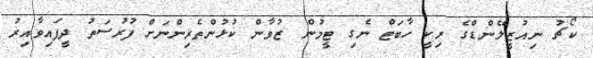
ކޯޗު ނިއުޒީލޭންޑްގެ ރިކީ ހާބަޓް ނެގި ޓީމުން ޒުވާން ކުޅުންތެރިންނަށް ފުރުސަތު ދީފައިވާއިރު